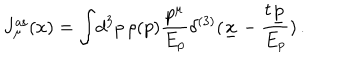
J _ { \mu } ^ { \mathrm { a s } } ( x ) = \int \! d ^ { 3 } p \, \rho ( p ) \frac { p ^ { \mu } } { E _ { p } } \delta ^ { ( 3 ) } ( \underline { { { x } } } - \frac { t \underline { { { p } } } } { E _ { p } } ) \, .